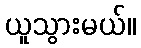
ယူသွားမယ်။